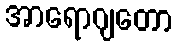
အာရောဂျတော